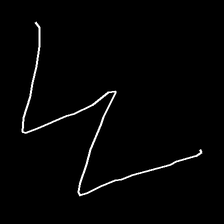
Glyph: crush